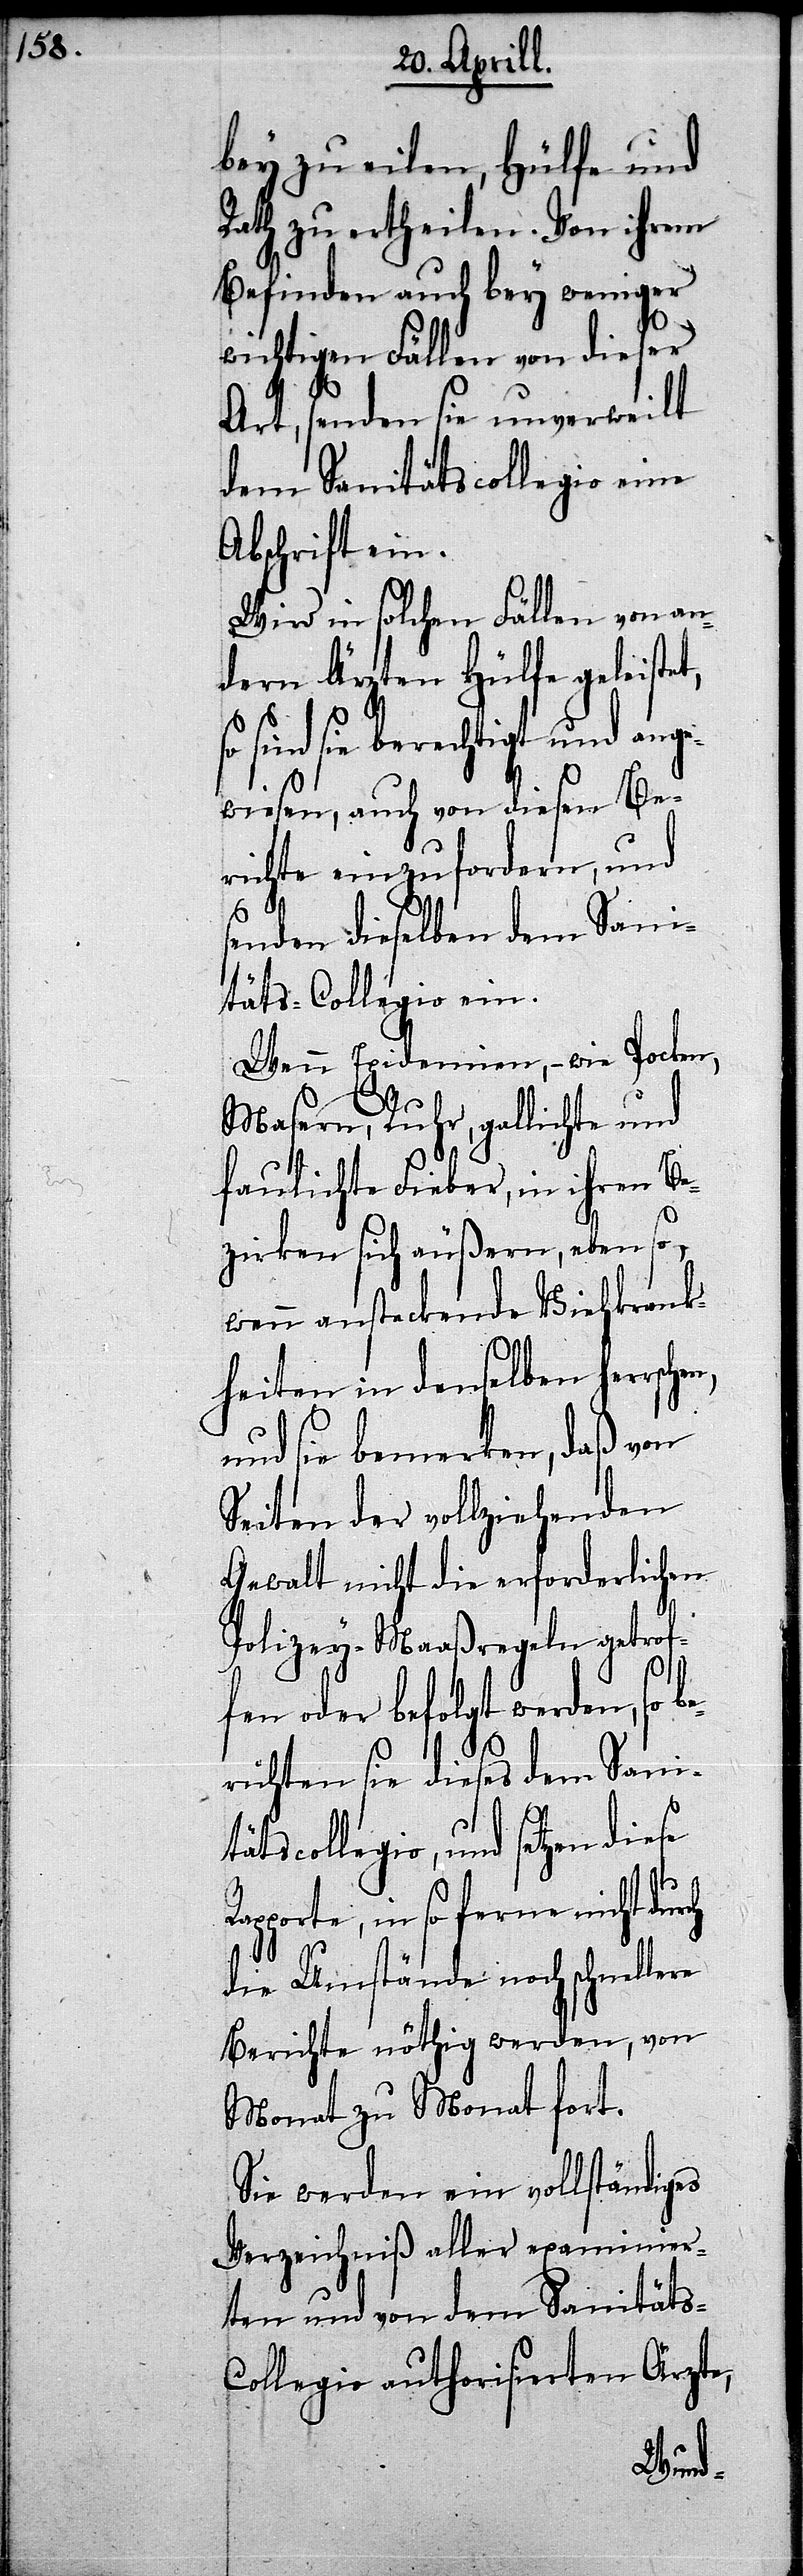
bey zu eilen, Hülfe und
Rath zu ertheilen. Von ihrem
Befinden auch bey weniger
wichtigen Fällen von dieser
Art, senden sie unverweilt
dem Sanitätscollegio eine
Abschrift ein.
Wird in solchen Fällen von an¬
dern Ärzten Hülfe geleistet,
so sind sie berechtigt und ange¬
wiesen, auch von diesen Be¬
richte einzufordern, und
senden dieselben dem Sani¬
täts-Collegio ein.
Wenn Epidemien,– wie Pocken,
Masern, Ruhr, gallichte und
faulichte Fieber, in ihren Be¬
zirken sich äußern, ebenso,
wenn ansteckende Viehkrank¬
heiten in denselben
und sie bemerken, daß von
Seiten der vollziehenden
Gewalt nicht die erforderlichen
Polizey-Maaßregeln getrof¬
fen oder befolgt werden, so
richten sie dieses dem Sanit¬
ätscollegio, und setzen dies¬
pporte, in so ferne nicht
die Umstände noch schnellere
Berichte nöthig werden, von
Monat zu Monat fort.
Sie werden ein vollständiges
Verzeichniß aller examinier¬
ten und von dem Sanitäts-C¬
ollegio authorisierten Ärzte,
es Ra¬